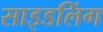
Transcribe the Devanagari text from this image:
साइडलिंग